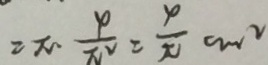
= \pi \frac { 4 } { \pi ^ { 2 } } = \frac { 4 } { \pi } c m ^ { 2 }